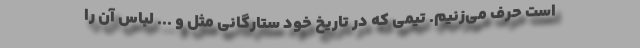
است حرف می‌زنیم. تیمی که در تاریخ خود ستارگانی مثل و ... لباس آن را